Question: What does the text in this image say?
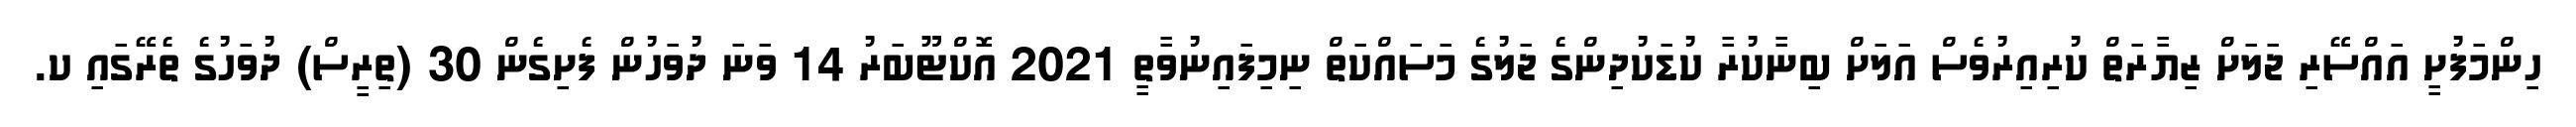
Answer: ހިންމަފުށީ އައްސޭރި ޖަލަށް ޒިޔާރަތް ކުރިއިރުވެސް އަލަށް ބިނާކުރާ ކުޑަކުދިންގެ ޖަލުގެ މަސައްކަތް ނިމިފައިނުވާތީ 2021 އޮކްޓޫބަރު 14 ވަނަ ދުވަހުން ފެށިގެން 30 (ތިރީސް) ދުވަހުގެ ތެރޭގައި ކ.